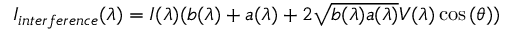
I _ { i n t e r f e r e n c e } ( \lambda ) = I ( \lambda ) ( b ( \lambda ) + a ( \lambda ) + 2 \sqrt { b ( \lambda ) a ( \lambda ) } V ( \lambda ) \cos { ( \theta ) } )